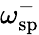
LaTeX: \omega_{\mathrm{sp}}^{-}